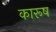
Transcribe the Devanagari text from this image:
कारूष